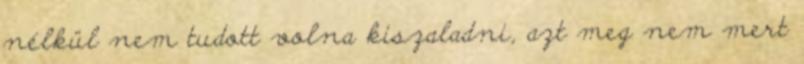
nélkül nem tudott volna kiszaladni, azt meg nem mert